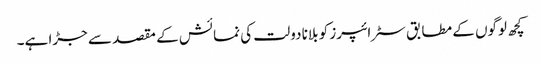
کچھ لوگوں کے مطابق سٹرائپرز کو بلانا دولت کی نمائش کے مقصد سے جڑا ہے۔